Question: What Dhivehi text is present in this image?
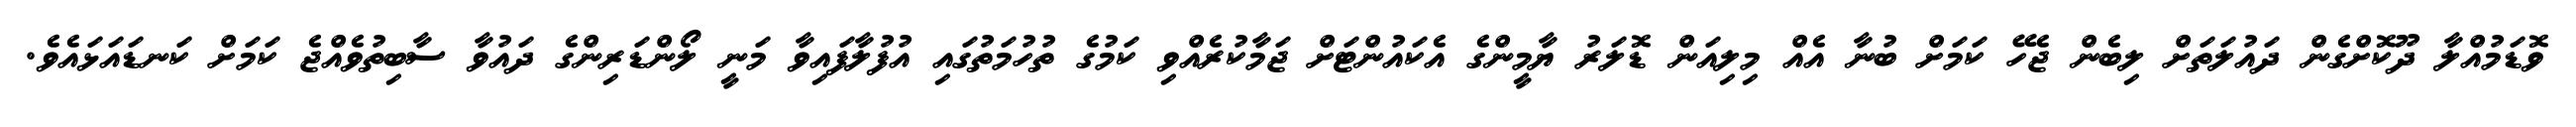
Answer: ވޮޑަމުއްލާ ދޫކޮށްގެން ދައުލަތަށް ލިބެން ޖެހޭ ކަމަށް ބުނާ އެއް މިލިއަން ޑޮލަރު ޔާމީންގެ އެކައުންޓަށް ޖަމާކުރެއްވި ކަމުގެ ތުހުމަތުގައި އުފުލާފައިވާ މަނީ ލޯންޑަރިންގެ ދައުވާ ސާބިތުވެއްޖެ ކަމަށް ކަނޑައަޅައެވެ.